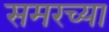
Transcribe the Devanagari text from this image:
समरच्या